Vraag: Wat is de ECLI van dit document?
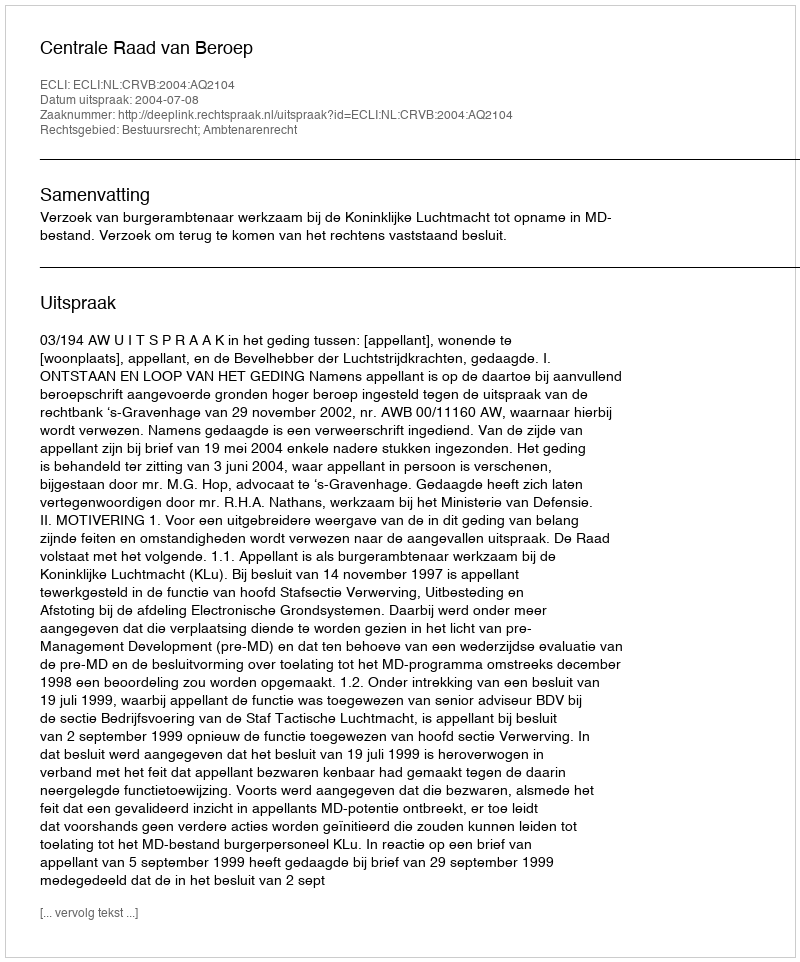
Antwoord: ECLI:NL:CRVB:2004:AQ2104